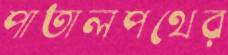
পাতালপথের